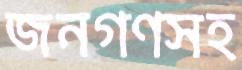
জনগণসহ